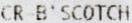
CR B'SCOTCH